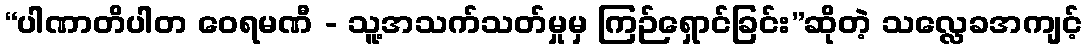
“ပါဏာတိပါတ ဝေရမဏီ - သူ့အသက်သတ်မှုမှ ကြဉ်ရှောင်ခြင်း”ဆိုတဲ့ သလ္လေခအကျင့်